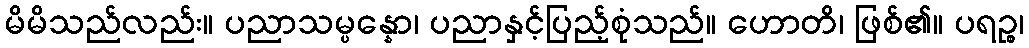
မိမိသည်လည်း။ ပညာသမ္ပန္နော၊ ပညာနှင့်ပြည့်စုံသည်။ ဟောတိ၊ ဖြစ်၏။ ပရဉ္စ၊